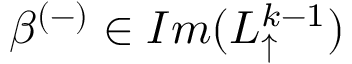
\beta ^ { ( - ) } \in I m ( L _ { \uparrow } ^ { k - 1 } )